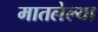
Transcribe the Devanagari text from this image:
मातलेल्या